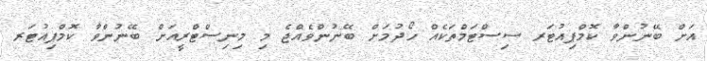
އަށް ބޭނުންވާ ކޮމްޕިއުޓަރ ސިސްޓަމްތަކެއް ހޯދުމަށް ބޭނުންވެއްޖެ މި މިނިސްޓްރީއަށް ބޭނުންވާ ކޮމްޕިއުޓަރ